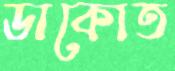
ডাকোত